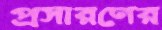
প্রসারণের